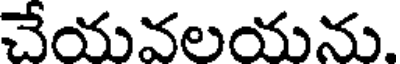
చేయవలయను.